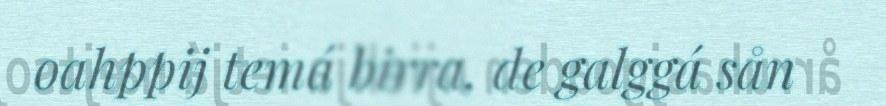
oahppij temá birra, de galggá sån